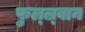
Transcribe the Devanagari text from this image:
फुल्ल्र्वान